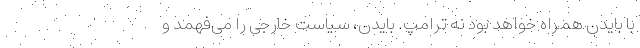
با بایدن همراه خواهد بود نه ترامپ. بایدن، سیاست خارجی را می‌فهمد و